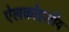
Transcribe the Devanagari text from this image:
ऐलकोहलीय